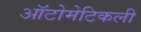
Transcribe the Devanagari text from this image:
ऑटोमेटिकली